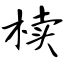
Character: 椟